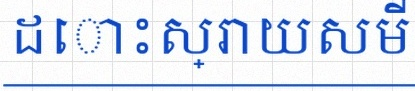
ដោះស្រាយសមីការខាងក្រោម